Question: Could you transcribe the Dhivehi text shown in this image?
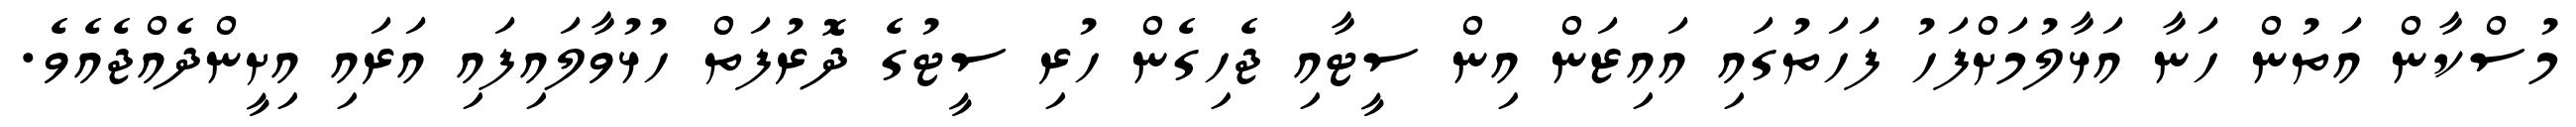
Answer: މުސްކާން އަތުން ހަނާ އަޅާލުމަށްފަހު ފަހަތުގައި އައިޒަން އިން ސީޓާއި ޖެހިގެން ހުރި ސީޓުގެ ދޮރުފަތް ހުޅުވާލައިފައި އަރައި އިށީންދެއްޖެއެވެ.